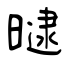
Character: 曃